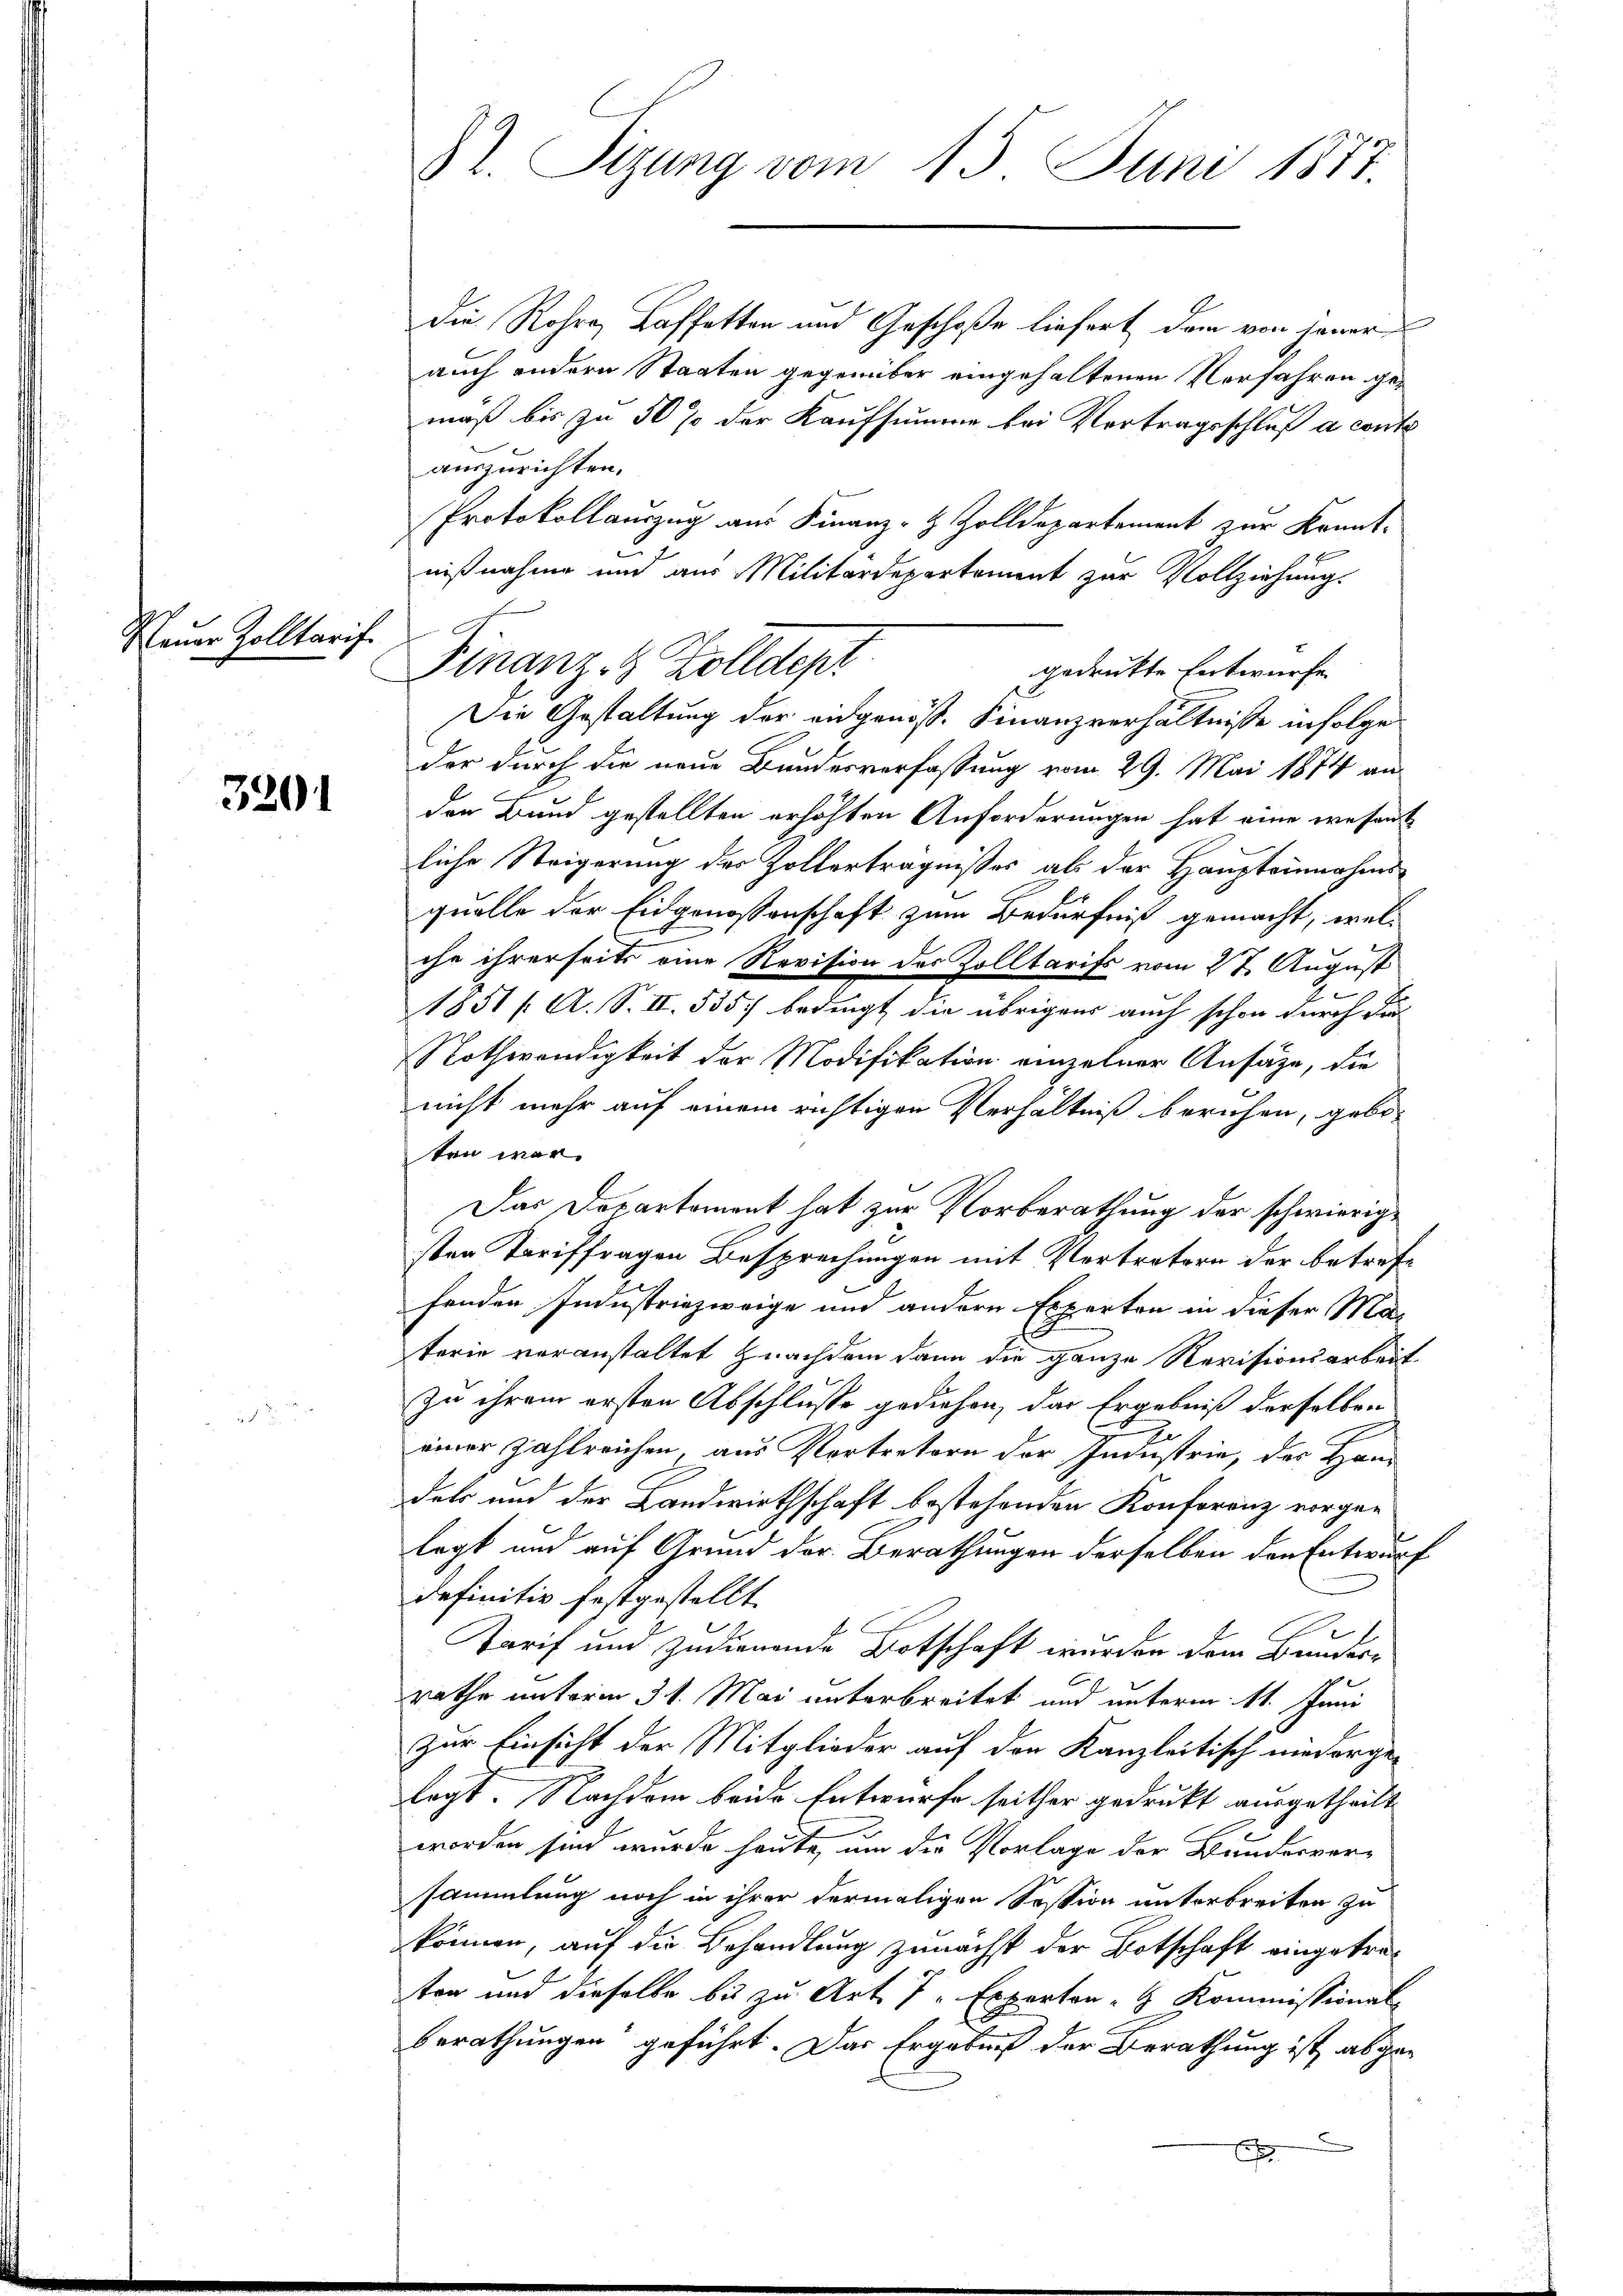
Neuer Zolltarif

3201

82. Sizung vom 15. Juni 1877.

Finanz- & Zolldepr

die Rohre Kaffetten und Geschoße liefert dem von jener
auch andern Staaten gegenüber eingehaltenen Verfahren gemäß bis zu 50 % der Kaufsumme bei Vertragsschluß a conte
auszurichten.
Protokollauszug aus Finanz- & Zolldepartement zur Kennt-
nißnahme und aus Militärdepartement zur Vollziehung
gedruckte Entwurfe
Die Gestaltung der eidgenöß. Finanzverhältnisse infolge
der durch die neue Bundesverfassung vom 29. Mai 1874 an
den Bund gestellten erhöhten Anforderungen hat eine wesent
liche Steigerung des Zollerträgnißes als der Haupteinnahmsquelle der Eidgenossenschaft zum Bedürfniß gemacht, welche ihrerseits eine Revision des Zolltarifs vom 27 August
1851 f. A. S. II. 535. bedingt die übrigens auch schon durch der
Nothwendigkeit der Modifikation einzelner Ansätze, die
nicht mehr auf einem richtigen Verhältniß beruhen, gebo-
ten war.
Das Departement hat zur Vorberathung der schwierige
sten Tariffragen Besprechungen mit Vertretern der betreffenden Industriezweige und andern Experten in dieser Materie veranstaltet nachdem dann die ganze Revisionsarbeit.
zu ihrem ersten Abschlusse gediehen, das Ergebniß derselben
einer zahlreichen, aus Vertretern der Industrie, des Hand
dels und der Landwirthschaft bestehenden Konferenz vorgen
legt und auf Grund der Berathungen derselben den Entwurf
definitiv festgestellt.
Tarif um zudienende Botschaft wurden dem Bundes-
rathe unterm 31. Mai unterbreitet und unterm 11. Juni
zur Einsicht der Mitglieder auf den Kanzleitisch niedergelegt. Nachdem beide Entwurfe seither gedrukt ausgetheilt
worden sind wurde heute, um die Vorlage der Bundesver-
sammlung noch in ihrer dermaligen Session unterbreiten zu
können, auf die Behandlung zunächst der Botschaft eingetreton und dieselbe bis zu Art. 7 - Expertor H. Kommissional-
berathungen geführt. Das Ergebnis der Berathung ist abge-
E